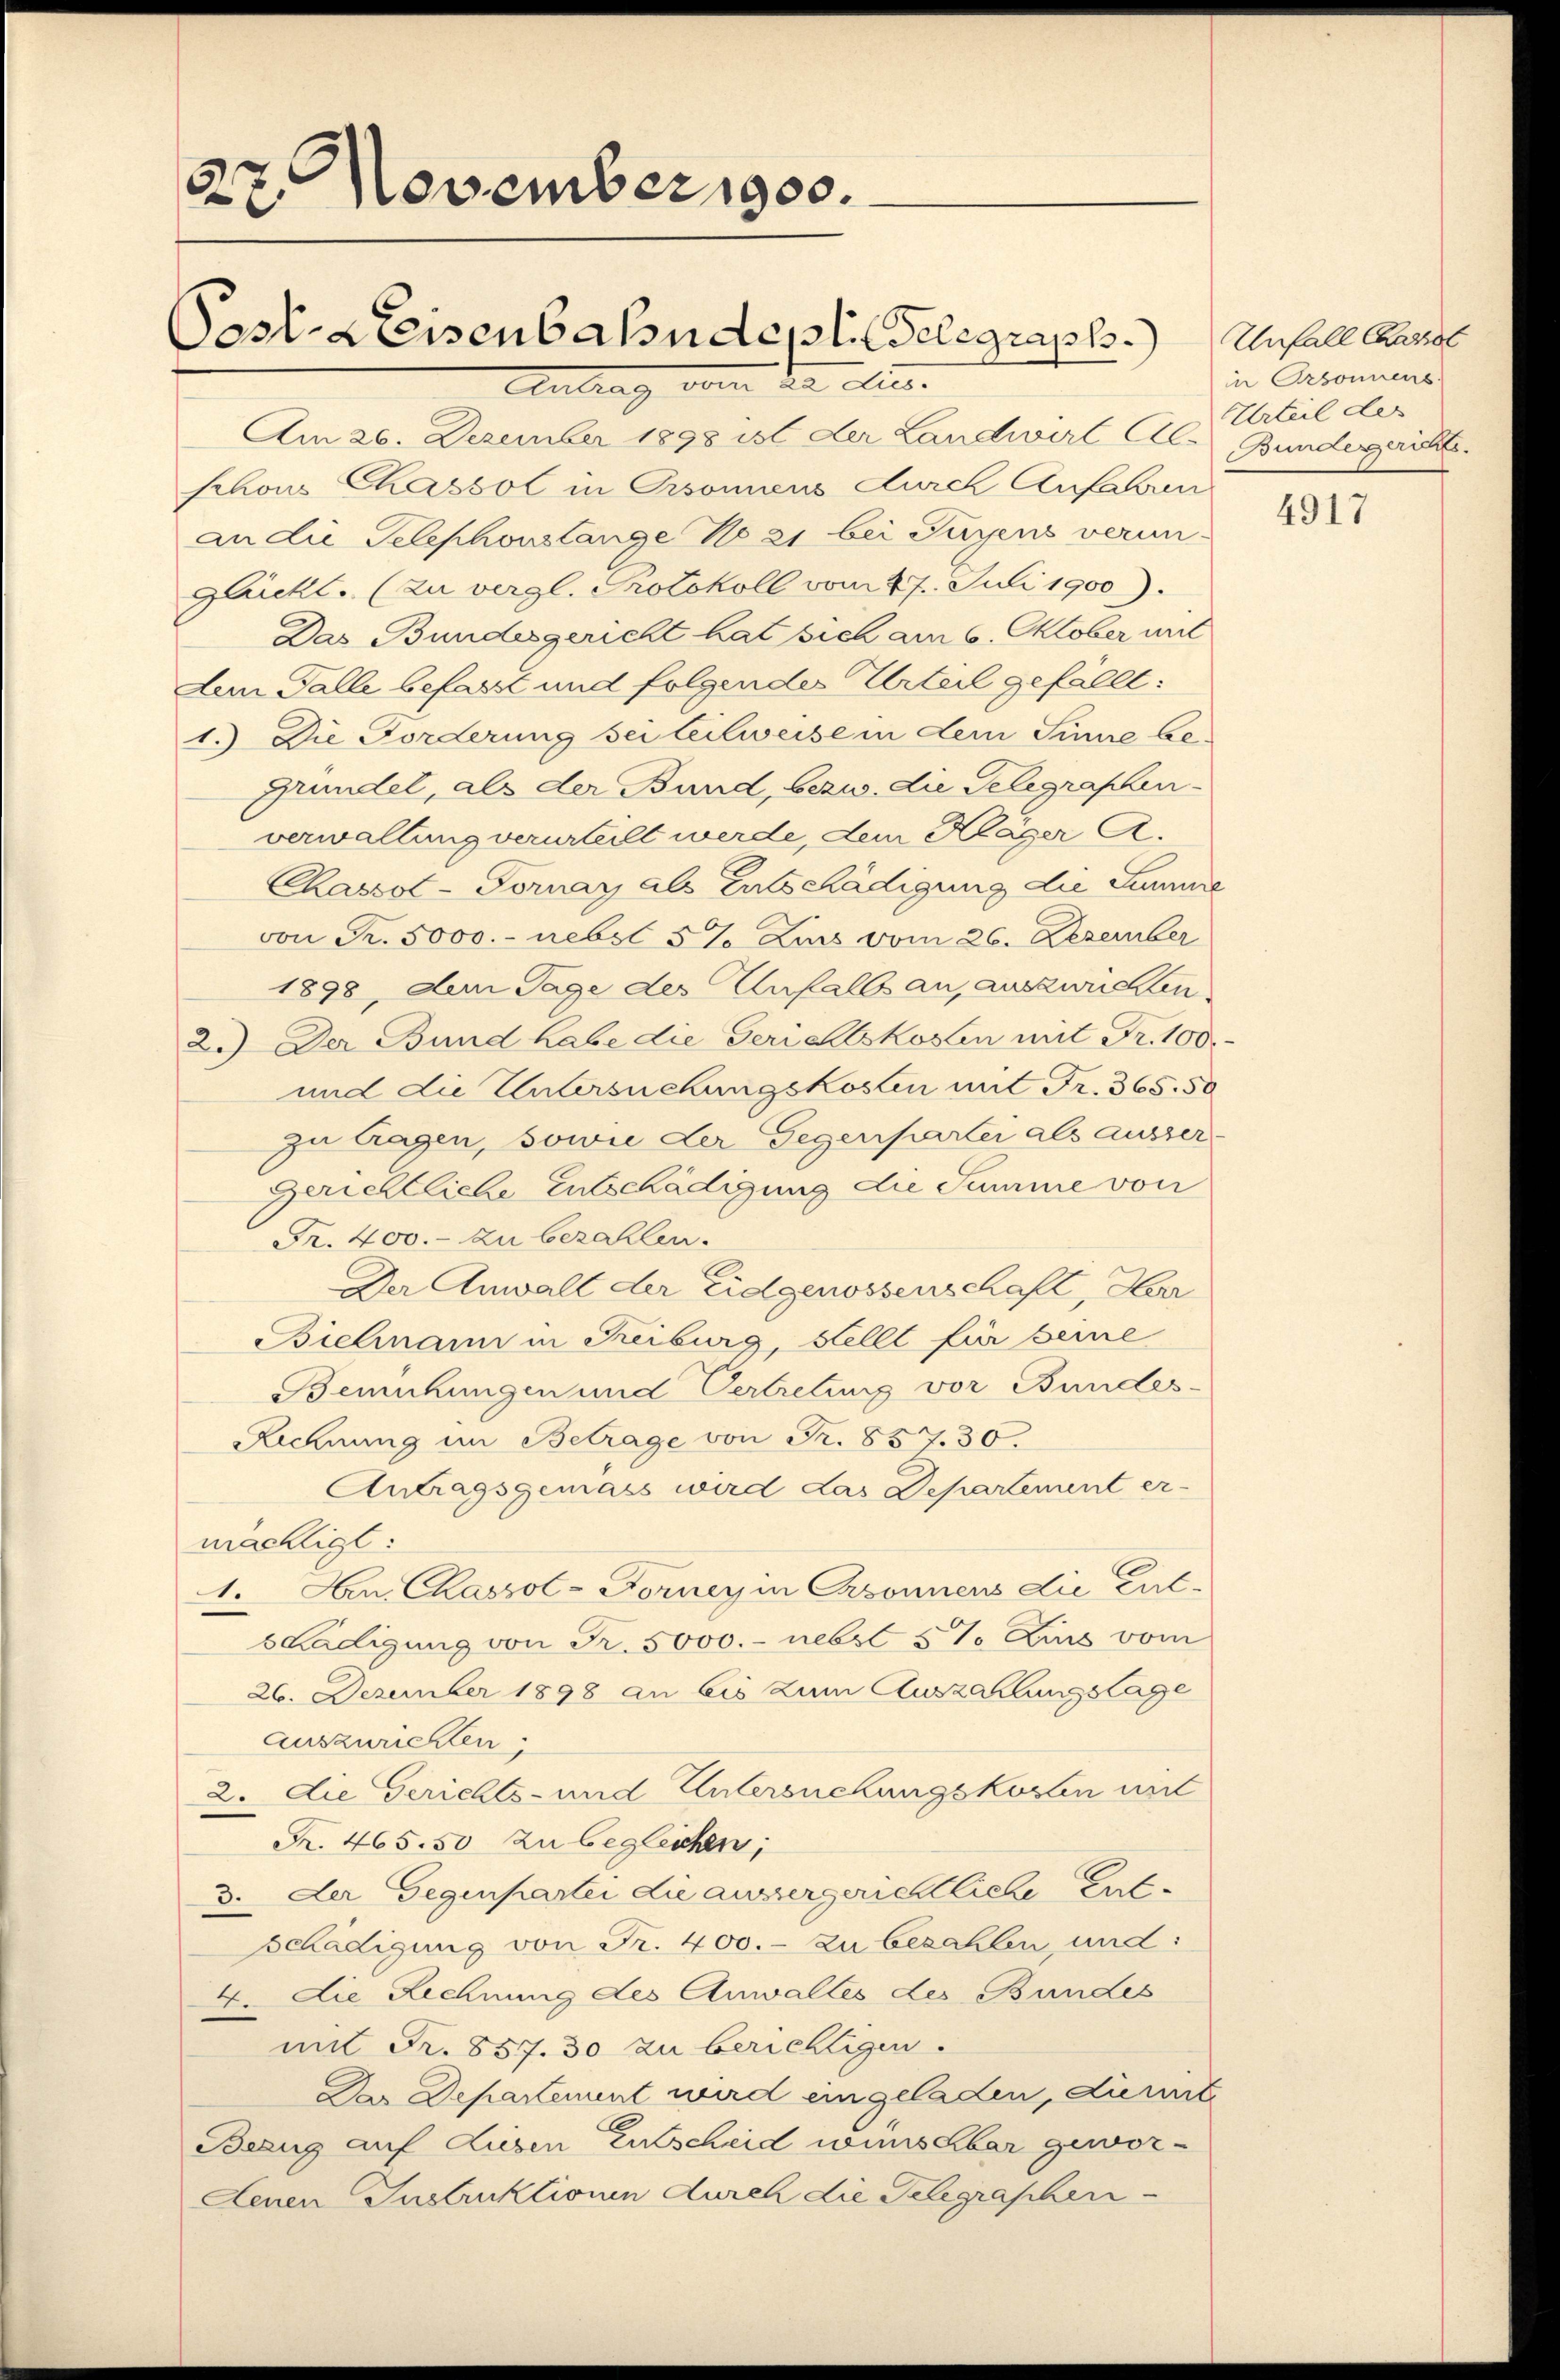
27. Novemberges.
Postl. Kreisenbahndeplit Gelegraph.
Antrag von die Aus- |

Am 26. Dezember 1898 ist der Landwirt Al- Bundesgerichte
schons Chassol in Orsonens durch Anfahren
an die Telephonslange No 21 bei Suyens verun-
Glickt. (zu vergl. Protokoll vom 27. Juli 1900).
Das Bundesgericht hat sich am 6. Oktober mit
Am Falle befasst und folgendes Urteil gefällt:
1.) Die Forderung sei teilweise in dem Sinne be-
gründel, als der Bund, bezw. die Gelegraphen-
verwaltung verurteilt werde, dem Kläger A.
Chassot-Fornay als Entschädigung die Summe
von Fr. 5000.- nebst 5% Zins vom 26. Dezember
1898, dem Tage des Unfalls an, auszurichten
2.) Der Bund habe die Gerichtskosten mit Fr. 100.
und die Untersuchungskosten mit Fr. 365. 50
zu tragen, sowie der Gegenpartei als ausser¬
Gerichtliche Entschädigung die Summe von
Fr. 400.- zu bezahlen.
Der Anwalt der Eidgenossenschaft, Her
Bichnam in Reiburg, Stellt für seine
Bemühungen und Vertretung vor Bundes-
Rechnung im Betrage von Fr. 857. 30.
Antragsgemäss wird das Departement er-
mächtigt:
1. Den Chassol-Forney in Csonnens die Ent¬
6 Hadigung von Fr. 5000.- nebst 5% Zins vom
26. Dezember 1898 an bis zum Auszahlungslage
auszurichten,
2. die Gerichts- und Untersuchungskosten mit
R. 465.50 zu begleichen,
3. Der Gegenpartei die aussergerichtliche Entschädigung von Fr. 400.- zu bezahlen und:
4. die Rechnung des Anwaltes des Bundes
mit Fr. 857. 30 zu berichtigen.
Das Departement wird eingeladen, dirit
Bezug auf Liegen Entscheid wünschbar gewor¬
Denen Instruktionen durch die Telegraphen

Unfall erst
in Arbonnens.
Urteil des

4917